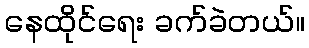
နေထိုင်ရေး ခက်ခဲတယ်။